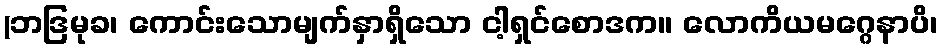
(ဘဒြမုခ၊ ကောင်းသောမျက်နှာရှိသော ငါ့ရှင်စောဒက။ လောကိယမဂ္ဂေနာပိ၊